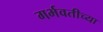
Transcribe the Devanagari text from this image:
गर्भवतीच्या